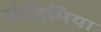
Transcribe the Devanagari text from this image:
बोहिमिया